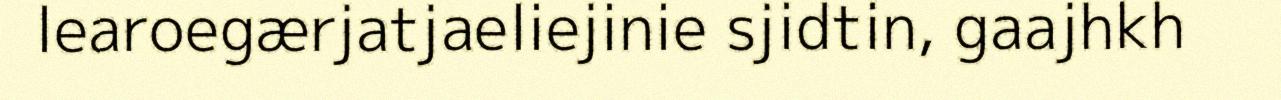
learoegærjatjaeliejinie sjidtin, gaajhkh